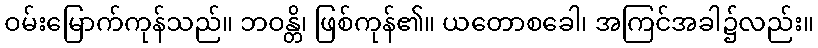
ဝမ်းမြောက်ကုန်သည်။ ဘဝန္တိ၊ ဖြစ်ကုန်၏။ ယတောစခေါ၊ အကြင်အခါ၌လည်း။